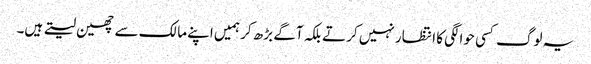
یہ لوگ کسی حوالگی کا انتظار نہیں کرتے بلکہ آگے بڑھ کر ہمیں اپنے مالک سے چھین لیتے ہیں۔